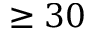
\geq 3 0